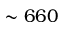
\sim 6 6 0